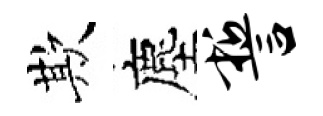
欺塵誓